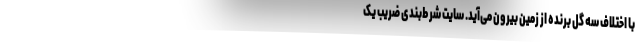
با اختلاف سه گل برنده از زمین بیرون می‌آید. سایت شرط‌بندی ضریب یک